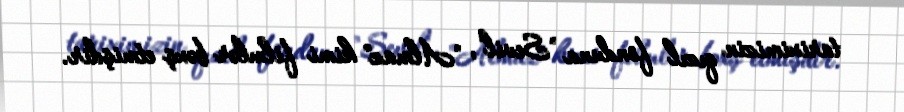
tariximizin qızıl fonduna "Sevil", "Almaz" kimi filmlər bəxş etmişdir.